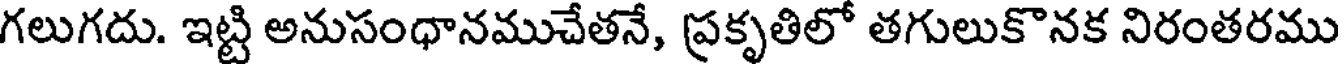
గలుగదు. ఇట్టి అనుసంధానముచేతనే, ప్రకృతిలో తగులుకొనక నిరంతరము